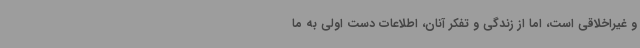
و غیراخلاقی است، اما از زندگی و تفکر آنان، اطلاعات دست اولی به ما